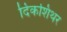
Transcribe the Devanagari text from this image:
दिकशिथर